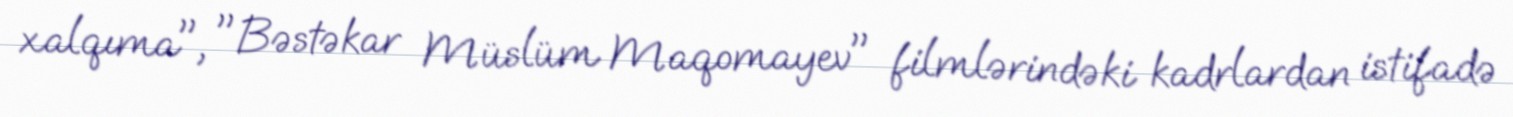
xalqıma", "Bəstəkar Müslüm Maqomayev" filmlərindəki kadrlardan istifadə